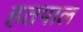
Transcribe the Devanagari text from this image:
हतपाल